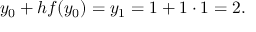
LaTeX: y _ { 0 } + h f ( y _ { 0 } ) = y _ { 1 } = 1 + 1 \cdot 1 = 2 . \qquad \qquad